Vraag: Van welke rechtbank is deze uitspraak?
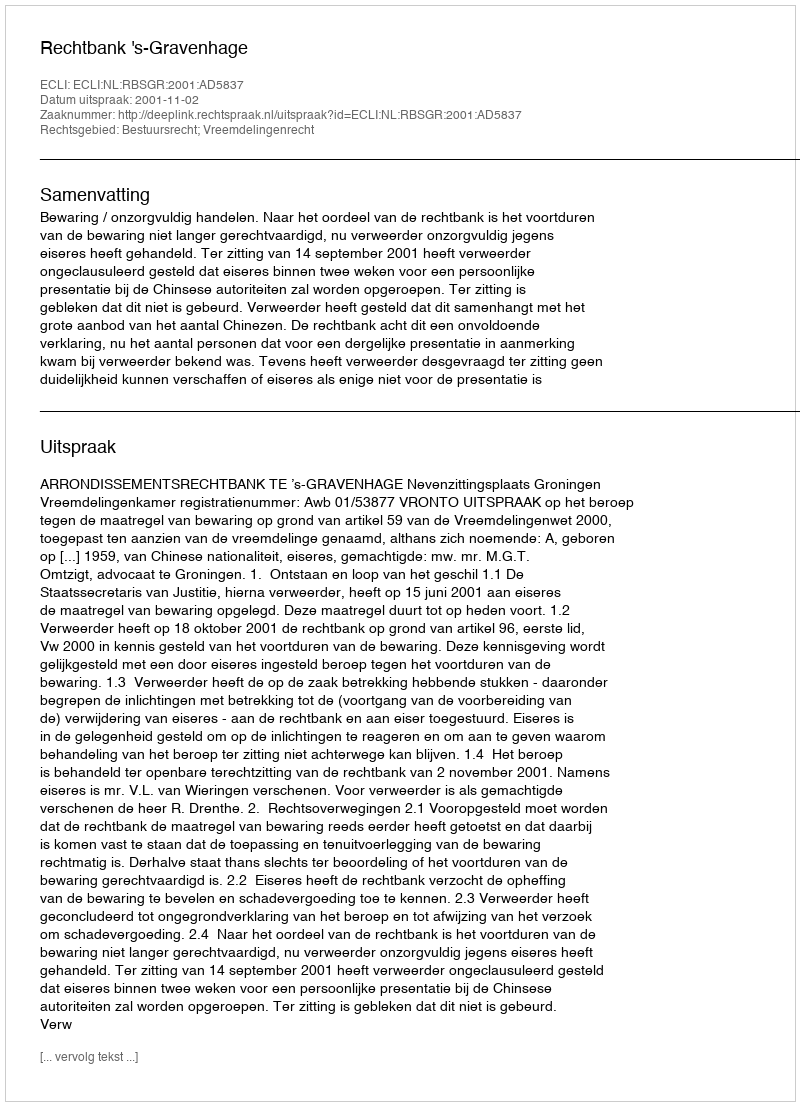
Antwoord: Rechtbank 's-Gravenhage